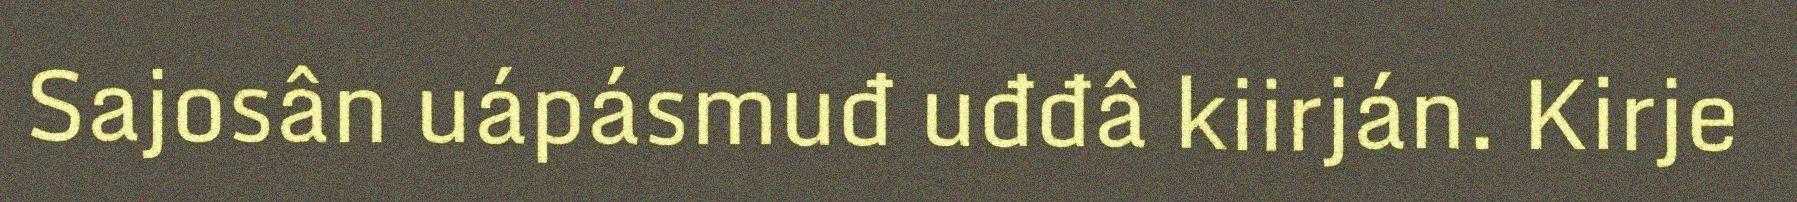
Sajosân uápásmuđ uđđâ kiirján. Kirje